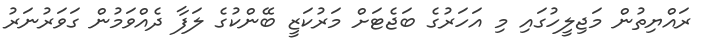
ރައްޔިތުން މަޖިލީހުގައި މި އަހަރުގެ ބަޖެޓަށް މަރުކަޒީ ބޭންކުގެ ލަފާ ދެއްވަމުން ގަވަރުނަރު